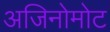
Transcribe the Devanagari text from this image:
अजिनोमोट